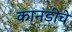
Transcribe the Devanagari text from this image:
कानडीचे